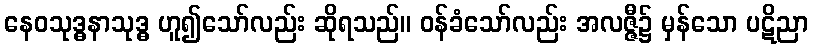
နေဝသုဒ္ဓနာသုဒ္ဓ ဟူ၍သော်လည်း ဆိုရသည်။ ဝန်ခံသော်လည်း အလဇ္ဇီ၌ မှန်သော ပဋိညာ